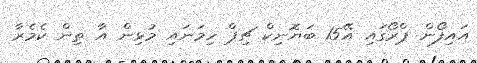
އައިފޯން ޕްރޯގައި އޭ15 ބަޔޮނިކް ޗިޕް ހިމަނައި މުޅިން އާ ތިން ކެމެރާ